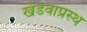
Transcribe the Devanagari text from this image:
खंडवाप्रस्थ